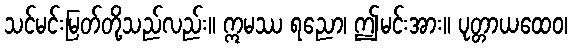
သင်မင်းမြတ်တို့သည်လည်း။ ဣမဿ ရညော၊ ဤမင်းအား။ ပုတ္တာယထေဝ၊